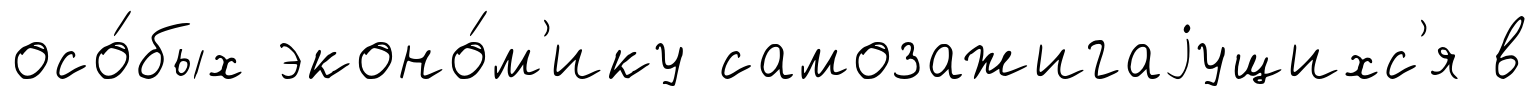
осо́бых эконо́м'ику самозажигаjущихс'я в